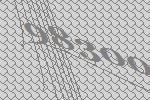
98300